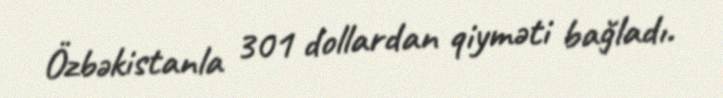
Özbəkistanla 301 dollardan qiyməti bağladı.